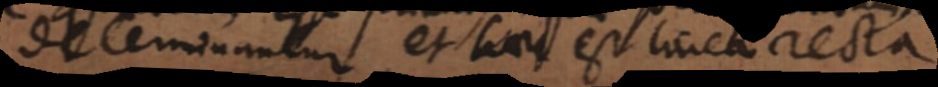
determinantur, et haec est linea recta.